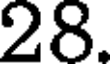
28.